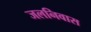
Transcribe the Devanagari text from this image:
जलनिवास